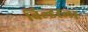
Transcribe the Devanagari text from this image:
बिल्डरला